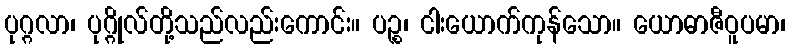
ပုဂ္ဂလာ၊ ပုဂ္ဂိုလ်တို့သည်လည်းကောင်း။ ပဉ္စ၊ ငါးယောက်ကုန်သော။ ယောဓာဇီဝူပမာ၊